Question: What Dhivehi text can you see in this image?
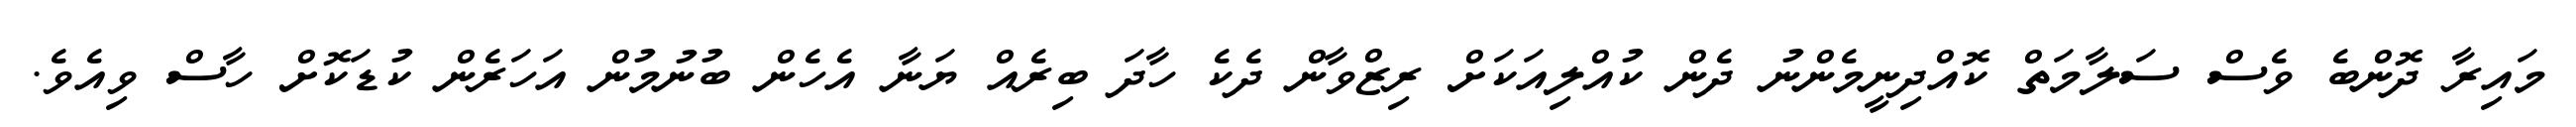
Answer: މައިރާ ދޮންބެ ވެސް ސަލާމަތް ކޮއްދިނީމެންނު ދެން ކުއްލިއަކަށް ރިޒްވާން ދެކެ ހާދަ ބިރެއް ޔަނާ އެހެން ބުނުމުން އަހަރެން ކުޑަކޮށް ހާސް ވިއެވެ.